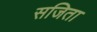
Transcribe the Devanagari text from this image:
सजिता